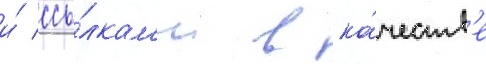
и́ ссы́лкам'и в ка́честв'е